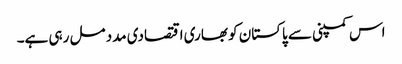
اس کمپنی سے پاکستان کو بھاری اقتصادی مدد مل رہی ہے۔